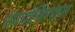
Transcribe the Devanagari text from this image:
उपयोजिण्यास